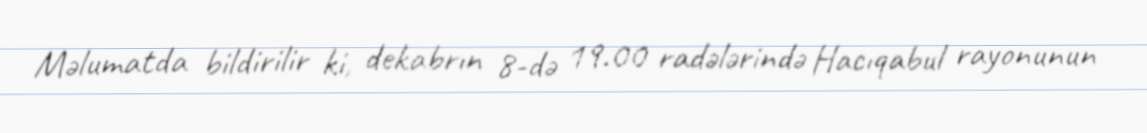
Məlumatda bildirilir ki, dekabrın 8-də 19.00 radələrində Hacıqabul rayonunun